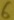
Text: 6